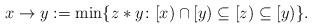
LaTeX: \begin{align*} x \to y := \min\{z*y\colon [x) \cap [y) \subseteq [z) \subseteq [y)\}.\end{align*}